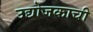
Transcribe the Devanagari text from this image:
उद्योजकाची